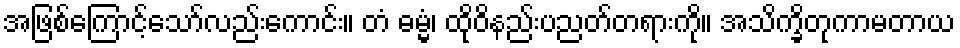
အဖြစ်ကြောင့်သော်လည်းကောင်း။ တံ ဓမ္မံ၊ ထိုဝိနည်းပညတ်တရားကို။ အသိက္ခိတုကာမတာယ